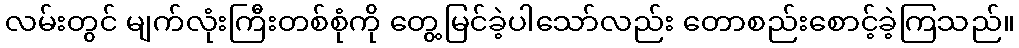
လမ်းတွင် မျက်လုံးကြီးတစ်စုံကို တွေ့မြင်ခဲ့ပါသော်လည်း တောစည်းစောင့်ခဲ့ကြသည်။